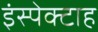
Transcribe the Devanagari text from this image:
इंस्पेक्टाह